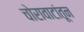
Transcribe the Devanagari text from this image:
चोरावाटांतून